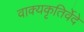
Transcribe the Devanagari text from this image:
वाक्यकृतिर्वेदे